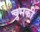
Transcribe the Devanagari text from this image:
चुमकी